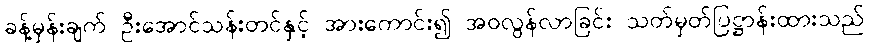
ခန့်မှန်းချက် ဦးအောင်သန်းတင်နှင့် အားကောင်း၍ အဝလွန်လာခြင်း သတ်မှတ်ပြဋ္ဌာန်းထားသည်